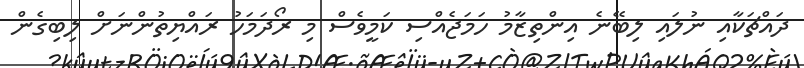
ދައްޗަކާއި ނުލައި ލިބޭނެ އިންތިޒާމު ހަމަޖެއްސި ކަމީވެސް މި ރޯދަމަހު ރައްޔިތުންނަށް ލިބިގެން